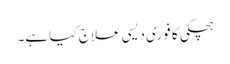
ہچکی کا فوری دیسی علاج کیا ہے۔